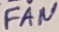
Text: FAN